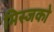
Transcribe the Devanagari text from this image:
मिस्जको